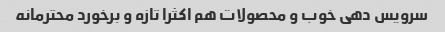
سرویس دهی خوب و محصولات هم اکثرا تازه و برخورد محترمانه